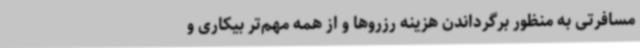
مسافرتی به منظور برگرداندن هزینه‌ رزروها و از همه مهم‌تر بیکاری و